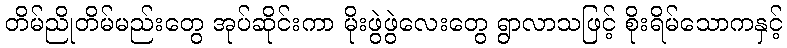
တိမ်ညိုတိမ်မည်းတွေ အုပ်ဆိုင်းကာ မိုးဖွဲဖွဲလေးတွေ ရွာလာသဖြင့် စိုးရိမ်သောကနှင့်